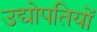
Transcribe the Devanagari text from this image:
उद्योपतियों